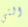
التي